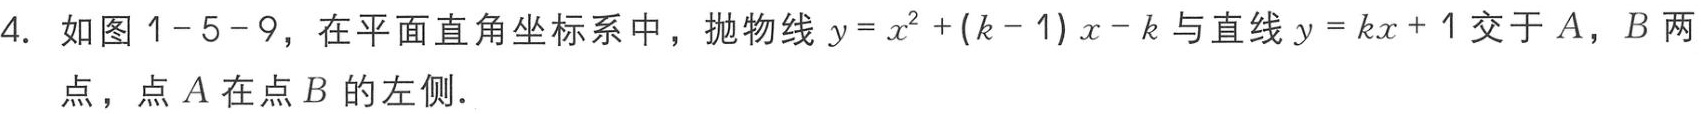
4. 如图1 - 5 - 9，在平面直角坐标系中，抛物线\(y = x^{2}+(k - 1)x - k\)与直线\(y = kx + 1\)交于\(A\)，\(B\)两点，点\(A\)在点\(B\)的左侧.